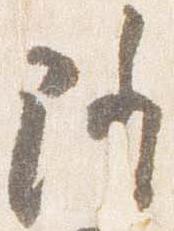
隆